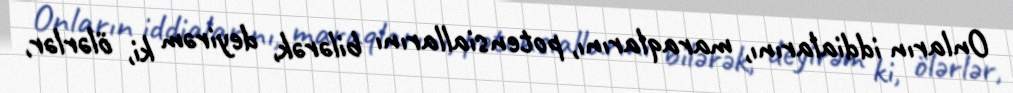
Onların iddialarını, maraqlarını, potensiallarını bilərək, deyirəm ki, ölərlər,